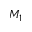
M _ { 1 }